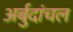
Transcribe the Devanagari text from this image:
अर्बुदांचल